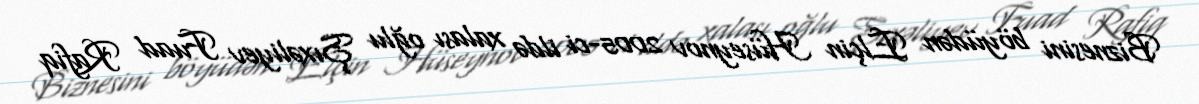
Biznesini böyüdən Elçin Hüseynov 2005-ci ildə xalası oğlu Şıxəliyev Fuad Rafiq